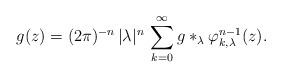
LaTeX: \begin{align*}g(z) = (2\pi)^{-n} \, |\lambda|^n \, \sum_{k=0}^\infty g \ast_\lambda \varphi_{k,\lambda}^{n-1}(z). \end{align*}